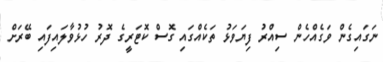
ނަގައިގެން ވަގެއްހެން ސިއްރު ފިޔަވަޅު ތަކެއްގައި ގޮސް ކޮޓަރީގެ ދޮރު ހުޅުވާލައިފައި ބޭރަށް